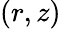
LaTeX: \left(r,z\right)